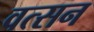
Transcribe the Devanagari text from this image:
वत्सन